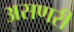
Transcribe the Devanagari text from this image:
असणरी